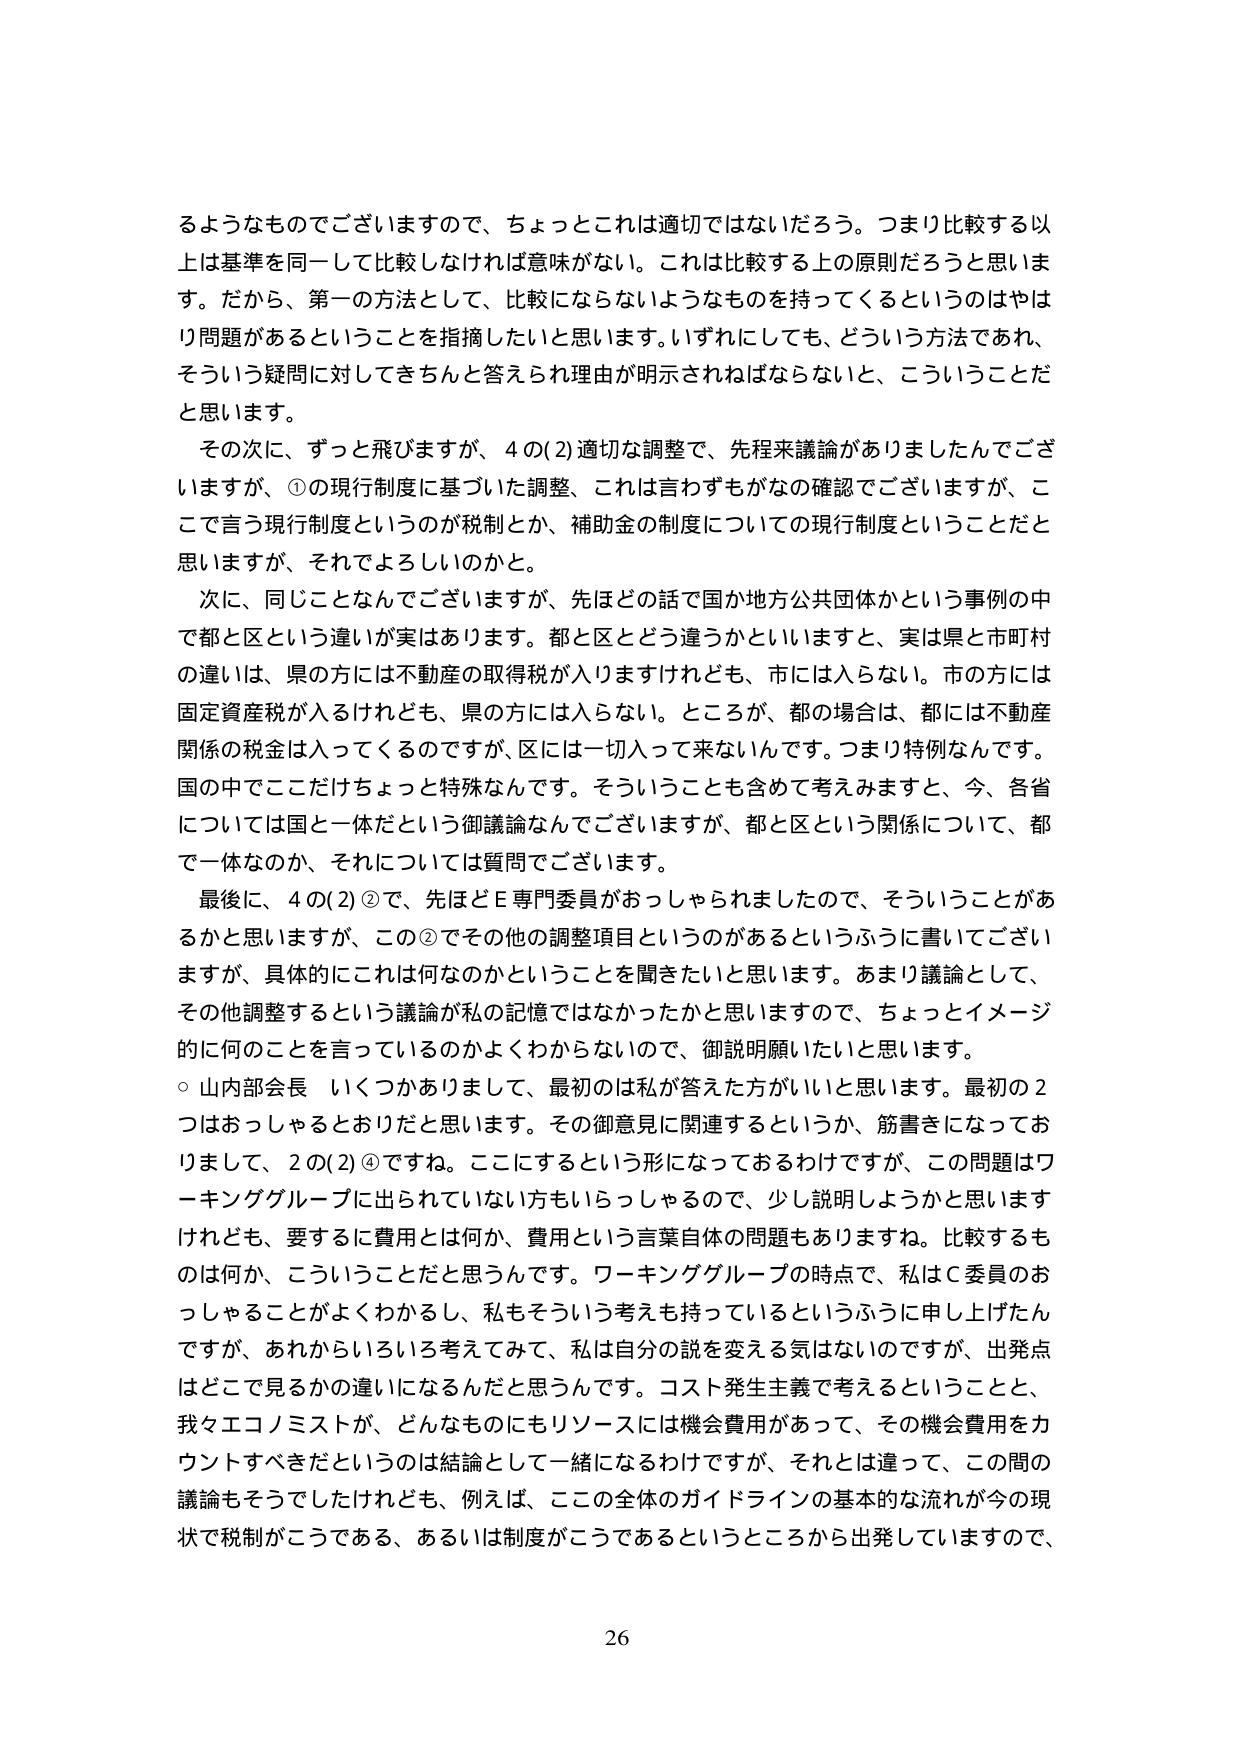
るようなものでございますので、ちょっとこれは適切ではないだろう。つまり比較する以上は基準を同一して比較しなければ意味がない。これは比較する上の原則だろうと思います。だから、第一の方法として、比較にならないようなものを持ってくるというのはやはり問題があるということを指摘したいと思います。いずれにしても、どういう方法であれ、そういう疑問に対してきちんと答えられ理由が明示されねばならないと、こういうことだと思います。

その次に、ずっと飛びますが、4の(2)適切な調整で、先程来議論がありましたんでございますが、①の現行制度に基づいた調整、これは言わずもがなの確認でございますが、ここで言う現行制度というのが税制とか、補助金の制度についての現行制度ということだと思いますが、それでよろしいのかと。

次に、同じことなんですけど、先ほどの話で国か地方公共団体かという事例の中で都と区という違いが実はあります。都と区とどう違うかといいますと、実は県と市町村の違いは、県の方には不動産の取得税が入りますけれども、市には入らない。市の方には固定資産税が入るけれども、県の方には入らない。ところが、都の場合は、都には不動産関係の税金は入ってくるのですが、区には一切入って来ないんです。つまり特例なんです。国の中でここだけちょっと特殊なんです。そういうことも含めて考えますと、今、各省については国と一体だという御議論なんでございますが、都と区という関係について、都で一体なのか、それについては質問でございます。

最後に、4の(2)②で、先ほどE専門委員がおっしゃられましたので、そういうことがあ るかと思いますが、この②でその他の調整項目というのがあるというふうに書いてございますが、具体的にこれは何なのかということを聞きたいと思います。あまり議論として、その他調整するという議論が私の記憶ではなかったかと思いますので、ちょっとイメージ的に何のことを言っているのかよくわからないので、御説明願いたいと思います。

○ 山内部会長 いくつかありまして、最初のは私が答えた方がいいと思います。最初の2つはおっしゃるとおりだと思います。その御意見に関連するというか、筋書きになっておりまして、2の(2)④ですね。ここにするという形になっておるわけですが、この問題はワーキンググループに出られていない方もいらっしゃるので、少し説明しようかと思いますけれども、要するに費用とは何か、費用という言葉自体の問題もありますね。比較するものは何か、こういうことだと思うんです。ワーキンググループの時点で、私はC委員のおっしゃることがよくわかるし、私もそういう考えを持っているというふうに申し上げたんですが、あれからいろいろ考えてみて、私は自分の説を変える気はないのですが、出発点はどこで見るかの違いになるんだと思うんです。コスト発生主義で考えるということと、我々エコノミストが、どんなものにもリソースには機会費用があって、その機会費用をカウントすべきだというのは結論として一緒になるわけですが、それとは違って、この間の議論もそうでしたけれども、例えば、ここの全体のガイドラインの基本的な流れが今の現状で税制がこうである、あるいは制度がこうであるというところから出発していますので、

26